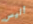
أليس